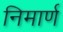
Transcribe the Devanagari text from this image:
निमार्ण